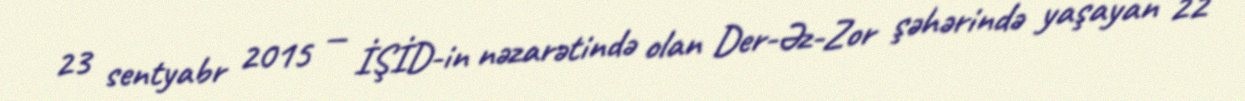
23 sentyabr 2015 — İŞİD-in nəzarətində olan Der-Əz-Zor şəhərində yaşayan 22